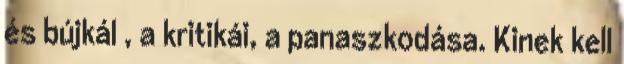
és bújkál , a kritikái, a panaszkodása. Kinek kell